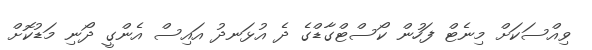
ވިއްސަކަށް މިނެޓް ފަހުން ކޯސްޓްގާޑްގެ ދެ އުޅަނދު އައިސް އެންގީ ދޯނި މަޑުކޮށް